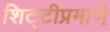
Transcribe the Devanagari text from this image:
शिट्टीप्रमाणे